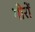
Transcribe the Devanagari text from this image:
गीरों